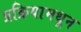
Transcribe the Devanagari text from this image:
प्रक्रियामधून